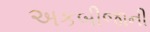
અકબીજાની